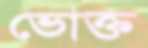
ভোক্ত